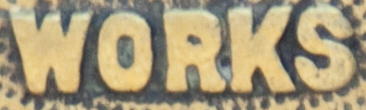
WORKS